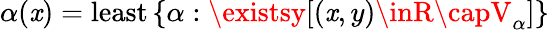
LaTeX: \alpha(\mathit{x})={\mathrm{{least}}}\, \{ \alpha:\existsy[(\mathit{x},y)\inR\capV_{\alpha}]\}